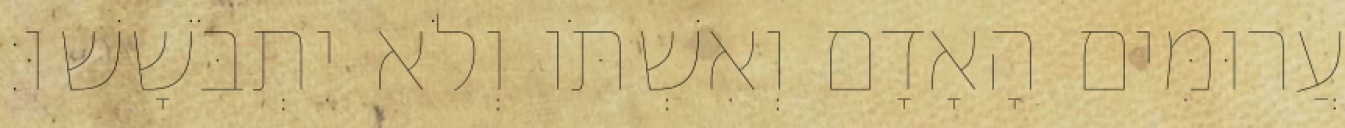
עֲרוּמִּים הָאָדָם וְאִשְׁתֹּו וְלֹא יִתְבֹּשָׁשׁוּ׃